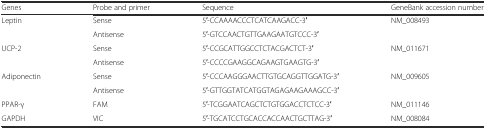
<table><thead><tr><td><b>Genes</b></td><td><b>Probe and primer</b></td><td><b>Sequence</b></td><td><b>GeneBank accession number</b></td></tr></thead><tbody><tr><td>Leptin</td><td>Sense</td><td>5′-CCAAAACCCTCATCAAGACC-3′</td><td>NM_008493</td></tr><tr><td></td><td>Antisense</td><td>5′-GTCCAACTGTTGAAGAATGTCCC-3′</td><td></td></tr><tr><td>UCP-2</td><td>Sense</td><td>5′-CCGCATTGGCCTCTACGACTCT-3′</td><td>NM_011671</td></tr><tr><td></td><td>Antisense</td><td>5′-CCCCGAAGGCAGAAGTGAAGTG-3′</td><td></td></tr><tr><td>Adiponectin</td><td>Sense</td><td>5′-CCCAAGGGAACTTGTGCAGGTTGGATG-3′</td><td>NM_009605</td></tr><tr><td></td><td>Antisense</td><td>5′-GTTGGTATCATGGTAGAGAAGAAAGCC-3′</td><td></td></tr><tr><td>PPAR-γ</td><td>FAM</td><td>5′-TCGGAATCAGCTCTGTGGACCTCTCC-3′</td><td>NM_011146</td></tr><tr><td>GAPDH</td><td>VIC</td><td>5′-TGCATCCTGCACCACCAACTGCTTAG-3′</td><td>NM_008084</td></tr></tbody></table>